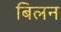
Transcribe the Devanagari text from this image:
बिलन